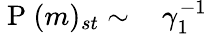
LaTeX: \begin{array}{rl}{\mathrm{~P~}(m)_{st}\sim\, }&{{}\gamma_{1}^{-1}}\end{array}